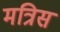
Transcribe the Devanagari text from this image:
मत्रिस